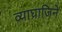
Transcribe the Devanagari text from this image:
व्याघ्राजिने